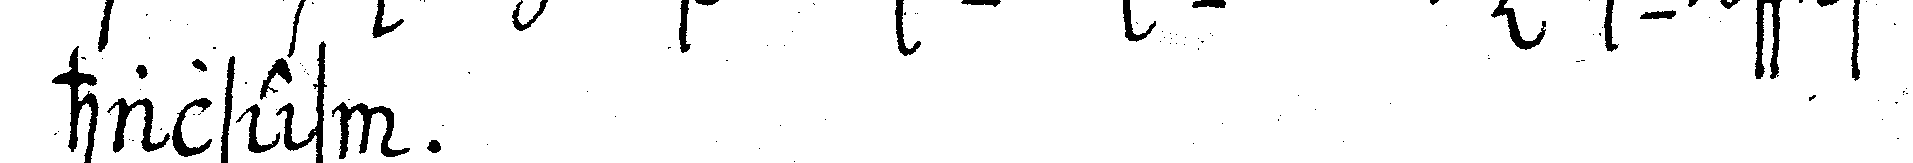
halses .